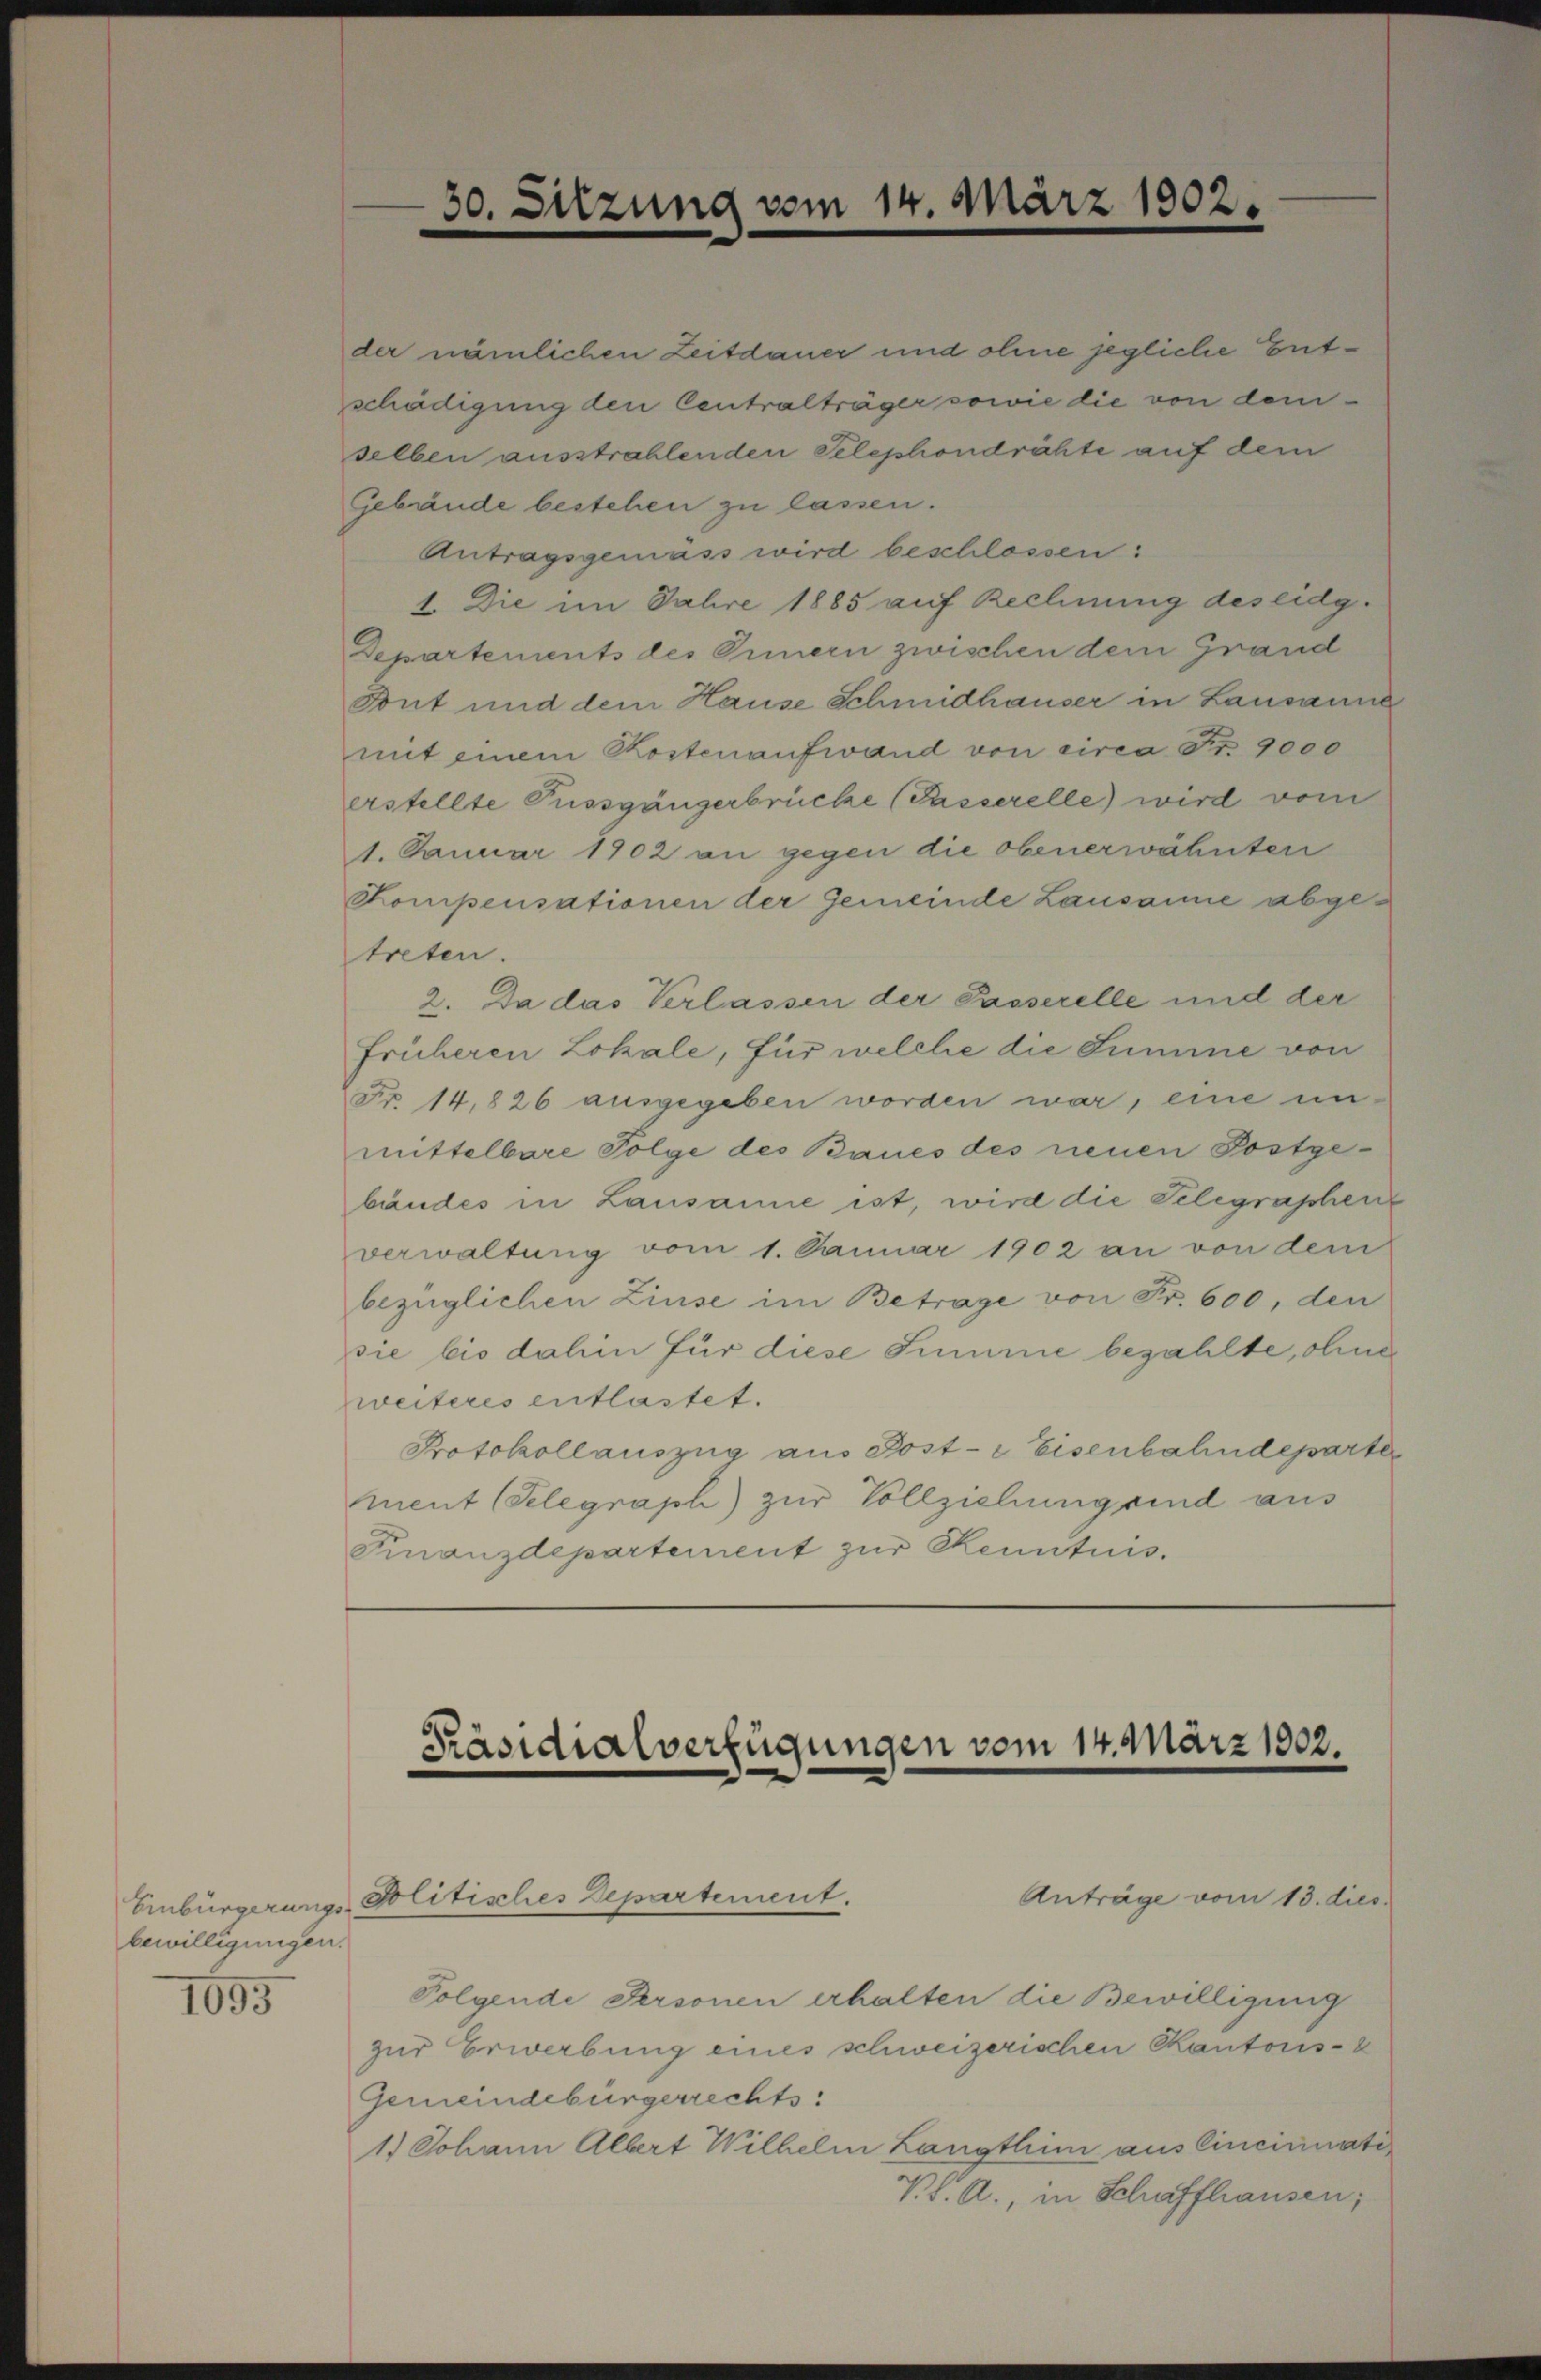
bewilligungen.

1695

der nämlichen Zeitdauer und ohne jegliche Entschädigung den Centralträger sowie die von dem
selben ausstrahlenden Telephondrähte auf dem
Gebäude bestehen zu lassen.
Antragsgemäss wird beschlossen:
1. Die im Jahre 1885 auf Rechnung des eidg.
Departements des Innern zwischen dem Grand
But und dem Hause Schmidhauser in Lausanne
mit einem Kostenaufwand von circa Fr. 9000
erstellte Tussgängerbrücke (Passerelle) wird vom
1. Januar 1902 an gegen die obenerwähnten
Kompensationen der Gemeinde Lausanne abgetreten.
2. Da das Verlassen der Passerelle und der
Früheren Lokale, für welche die Summe von
Nr. 14,826 ausgegeben worden war, eine un-
mittelbare Folge des Baues des neuen Postgebäudes in Lausanne ist, wird die Telegraphen
verwaltung vom 1. Januar 1902 an von dem
bezüglichen Zinse im Betrage von Fr. 600, den
sie bis dahin für diese Summe bezahlte, ohne
weiteres entlastet.
Protokollauszug aus Post- & Eisenbahndeparte
ment (Telegraph) zur Vollziehung sind aus
Finanzdepartement zur Kenntnis.

30. Sitzung vom 14. März 1902.

Präsidialverfügungen vom 14. März 1902.
Anträge vom 13. dies
Einbürgerungs- Politisches Departement.

Folgende Personen erhalten die Bewilligung
zur Erwerbung eines schweizerischen Kantons-
Gemeindebürgerrechts:
1.) Johann Albert Wilhelm Langthum aus Cincinuati
V. d. A., in Schaffhausen,